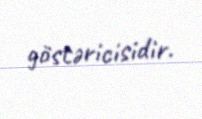
göstəricisidir.